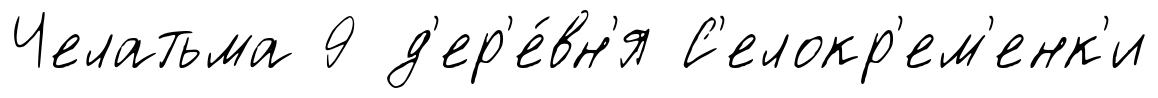
Челатьма 9 д'ер'е́вн'я С'елокр'ем'енк'и